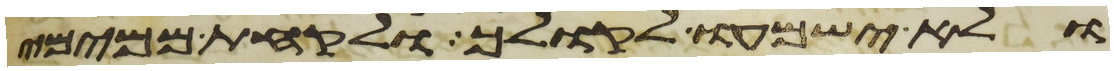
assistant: ולא ישמעו לקולך ולקחת ממימי